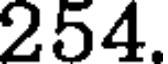
254.